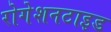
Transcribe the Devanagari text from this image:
रोगेशनटाइड